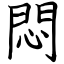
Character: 悶